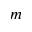
m